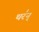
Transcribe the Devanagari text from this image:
थर॑न्